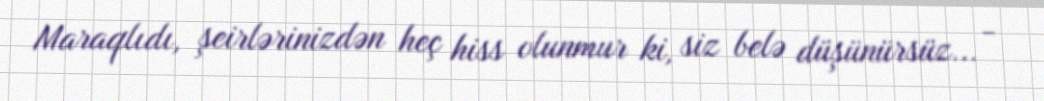
Maraqlıdı, şeirlərinizdən heç hiss olunmur ki, siz belə düşünürsüz... -